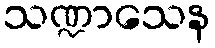
သဏ္ဍာသေန